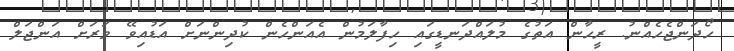
ހޯދަންޖެހެއްނު. ރީހާން އަތުގެ މުލައްދަނޑީގައި ހިފާލަމުން އެއަންހެން ކުދިންނަށް އަޑުއިވޭ ވަރަށް އަންޖަލް